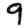
Digit: 9